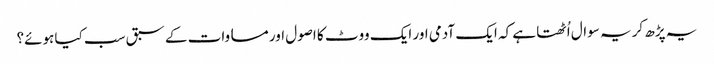
یہ پڑھ کر یہ سوال اُٹھتا ہے کہ ایک آدمی اور ایک ووٹ کا اصول اور مساوات کے سبق سب کیا ہوئے؟